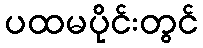
ပထမပိုင်းတွင်